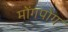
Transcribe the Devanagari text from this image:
मोंगपोंग